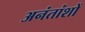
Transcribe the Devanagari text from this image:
अनंतांशों